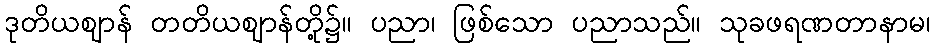
ဒုတိယဈာန် တတိယဈာန်တို့၌။ ပညာ၊ ဖြစ်သော ပညာသည်။ သုခဖရဏတာနာမ၊